Problem: 8 × 4 = ?
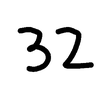
Handwritten answer: 32